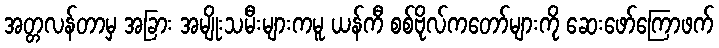
အတ္တလန်တာမှ အခြား အမျိုးသမီးများကမူ ယန်ကီ စစ်ဗိုလ်ကတော်များကို ဆေးဖော်ကြောဖက်